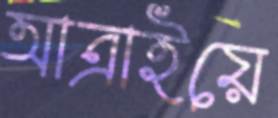
আত্রাইয়ে